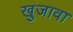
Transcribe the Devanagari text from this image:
खुजावा